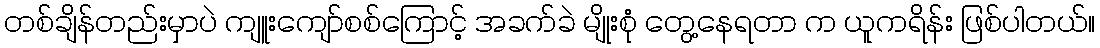
တစ်ချိန်တည်းမှာပဲ ကျူးကျော်စစ်ကြောင့် အခက်ခဲ မျိုးစုံ တွေ့နေရတာ က ယူကရိန်း ဖြစ်ပါတယ်။